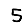
Digit: 5